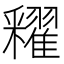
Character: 𨤠